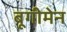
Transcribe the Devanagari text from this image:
बूगीमेन